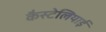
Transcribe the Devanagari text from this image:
कैस्टेलियाई